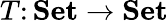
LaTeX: T\colon\mathbf{Set}\to\mathbf{Set}